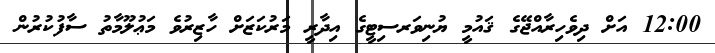
12:00 އަށް ދިވެހިރާއްޖޭގެ ޤައުމީ ޔުނިވަރސިޓީގެ އިދާރީ މަރުކަޒަށް ހާޒިރުވެ މަޢުލޫމާތު ސާފުކުރުން